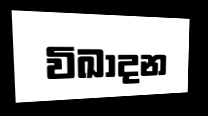
විඛාදන